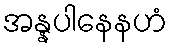
အန္နပါနေနဟံ